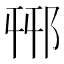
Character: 𨚾